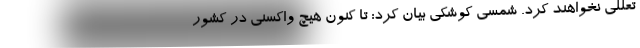
تعللی نخواهند کرد. شمسی کوشکی بیان کرد: تا کنون هیچ واکسنی در کشور